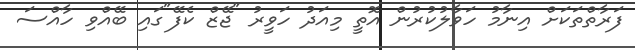
ފަރާތްތަކަށް އިނާމު ހަވާލުކުރުން އޮތީ މިއަދު ހަވީރު "ޖޭޒް ކެފޭ"ގައި ބޭއްވި ހާއްސަ